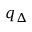
q _ { \Delta }